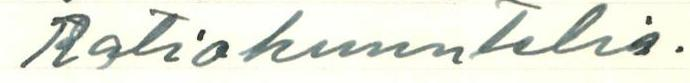
Ratiokuuntelia.